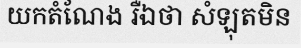
យកតំណែង រឺឯថា សំឡុតមិន